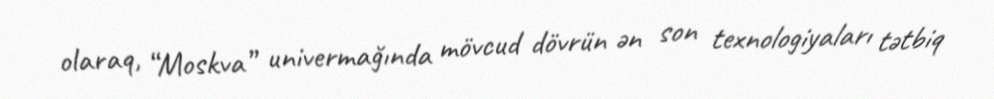
olaraq, “Moskva” univermağında mövcud dövrün ən son texnologiyaları tətbiq